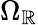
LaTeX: \Omega_{\mathbb{R}}